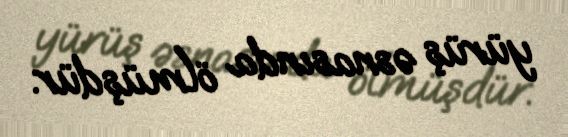
yürüş əsnasında ölmüşdür.